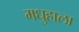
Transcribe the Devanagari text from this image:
मधुहाला